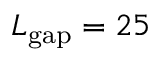
L _ { \mathrm { g a p } } = 2 5